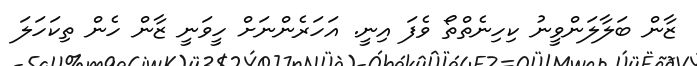
ޒާން ބަލާލަންވީނު ކިހިނެތްތޯ ވެފަ އިނީ. އަހަރެންނަށް ހީވަނީ ޒާން ހެން ތިކަހަލަ